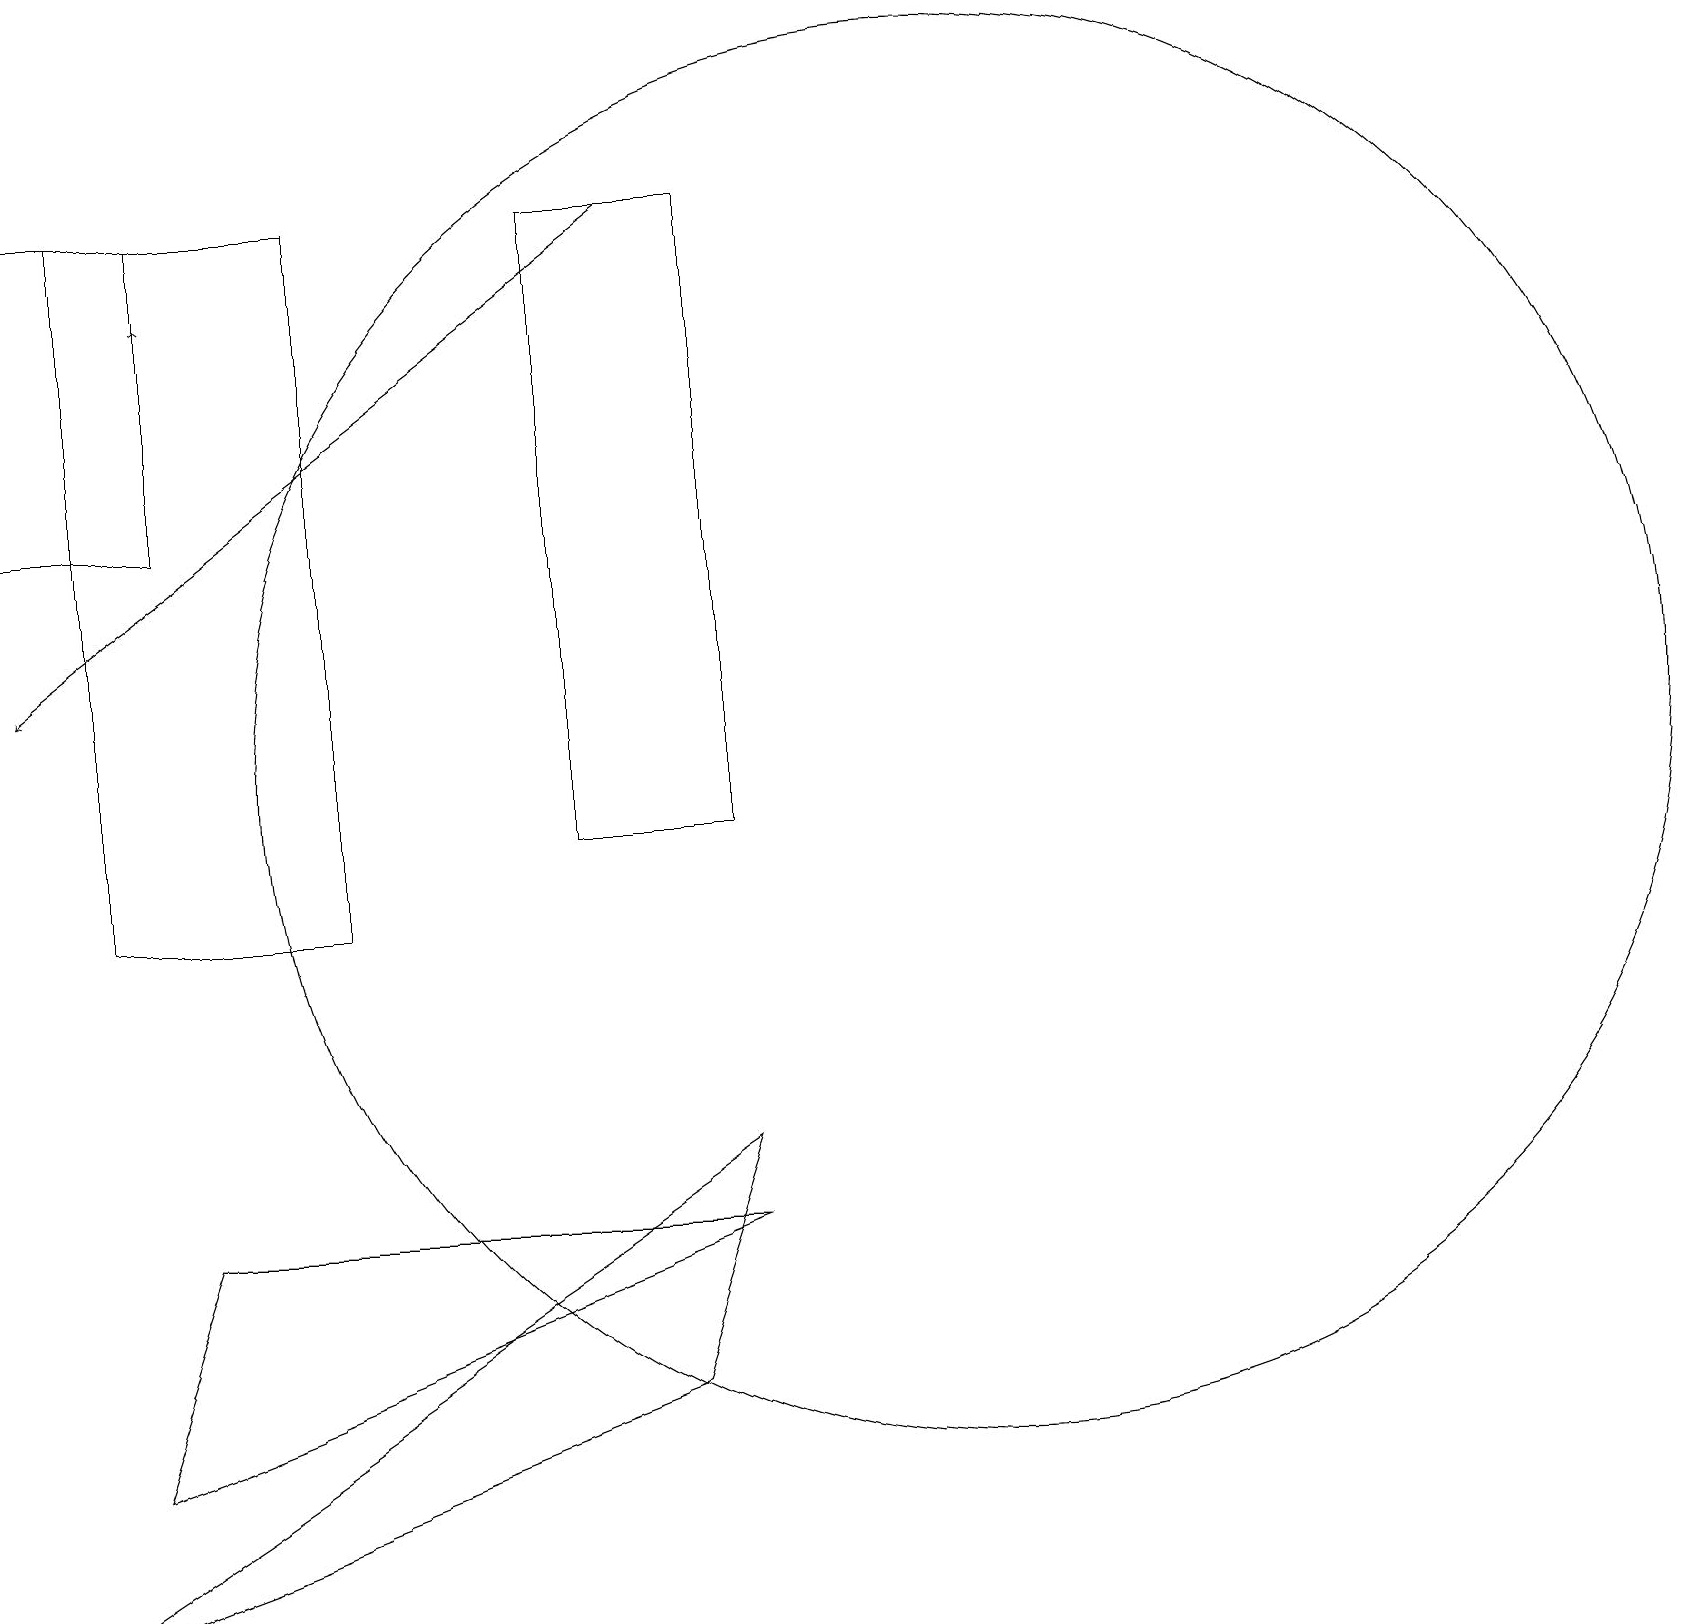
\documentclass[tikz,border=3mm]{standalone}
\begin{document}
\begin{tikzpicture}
\draw (2,19) rectangle (0,15);
\draw[->] (8,19) -- (0,13);
\draw (9,19) rectangle (7,11);
\draw[->] (2,18) -- (2,18);
\draw (2,6) -- (1,3) -- (9,6) -- cycle;
\draw (12,12) circle (9);
\draw (8,4) -- (0,1) -- (9,7) -- cycle;
\draw (1,10) rectangle (4,19);
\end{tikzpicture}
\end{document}